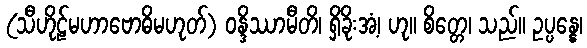
(သီဟိုဠ်မဟာဗောဓိမဟုတ်) ဝန္ဒိဿာမီတိ၊ ရှိခိုးအံ့၊ ဟု။ စိတ္တေ၊ သည်။ ဥပ္ပန္နေ၊